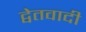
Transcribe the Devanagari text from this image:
द्वेतवादी